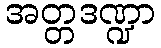
အတ္တဒဏ္ဍာ